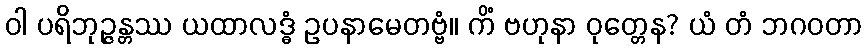
ဝါ ပရိဘုဉ္ဇန္တဿ ယထာလဒ္ဓံ ဥပနာမေတဗ္ဗံ။ ကိံ ဗဟုနာ ဝုတ္တေန? ယံ တံ ဘဂဝတာ